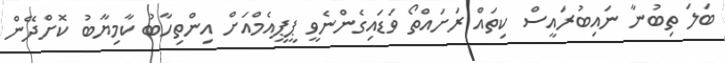
ބަލަ ތިބުނާ ނައިބުރައީސް ކިތައް ރަށައްތޯ ވަޑައިގެންނެވީ ޕީޕީއެމްއަށް އިންތިހާބު ކާމިޔާބު ކޮށްދޭން